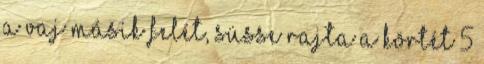
a vaj másik felét, süsse rajta a körtét 5